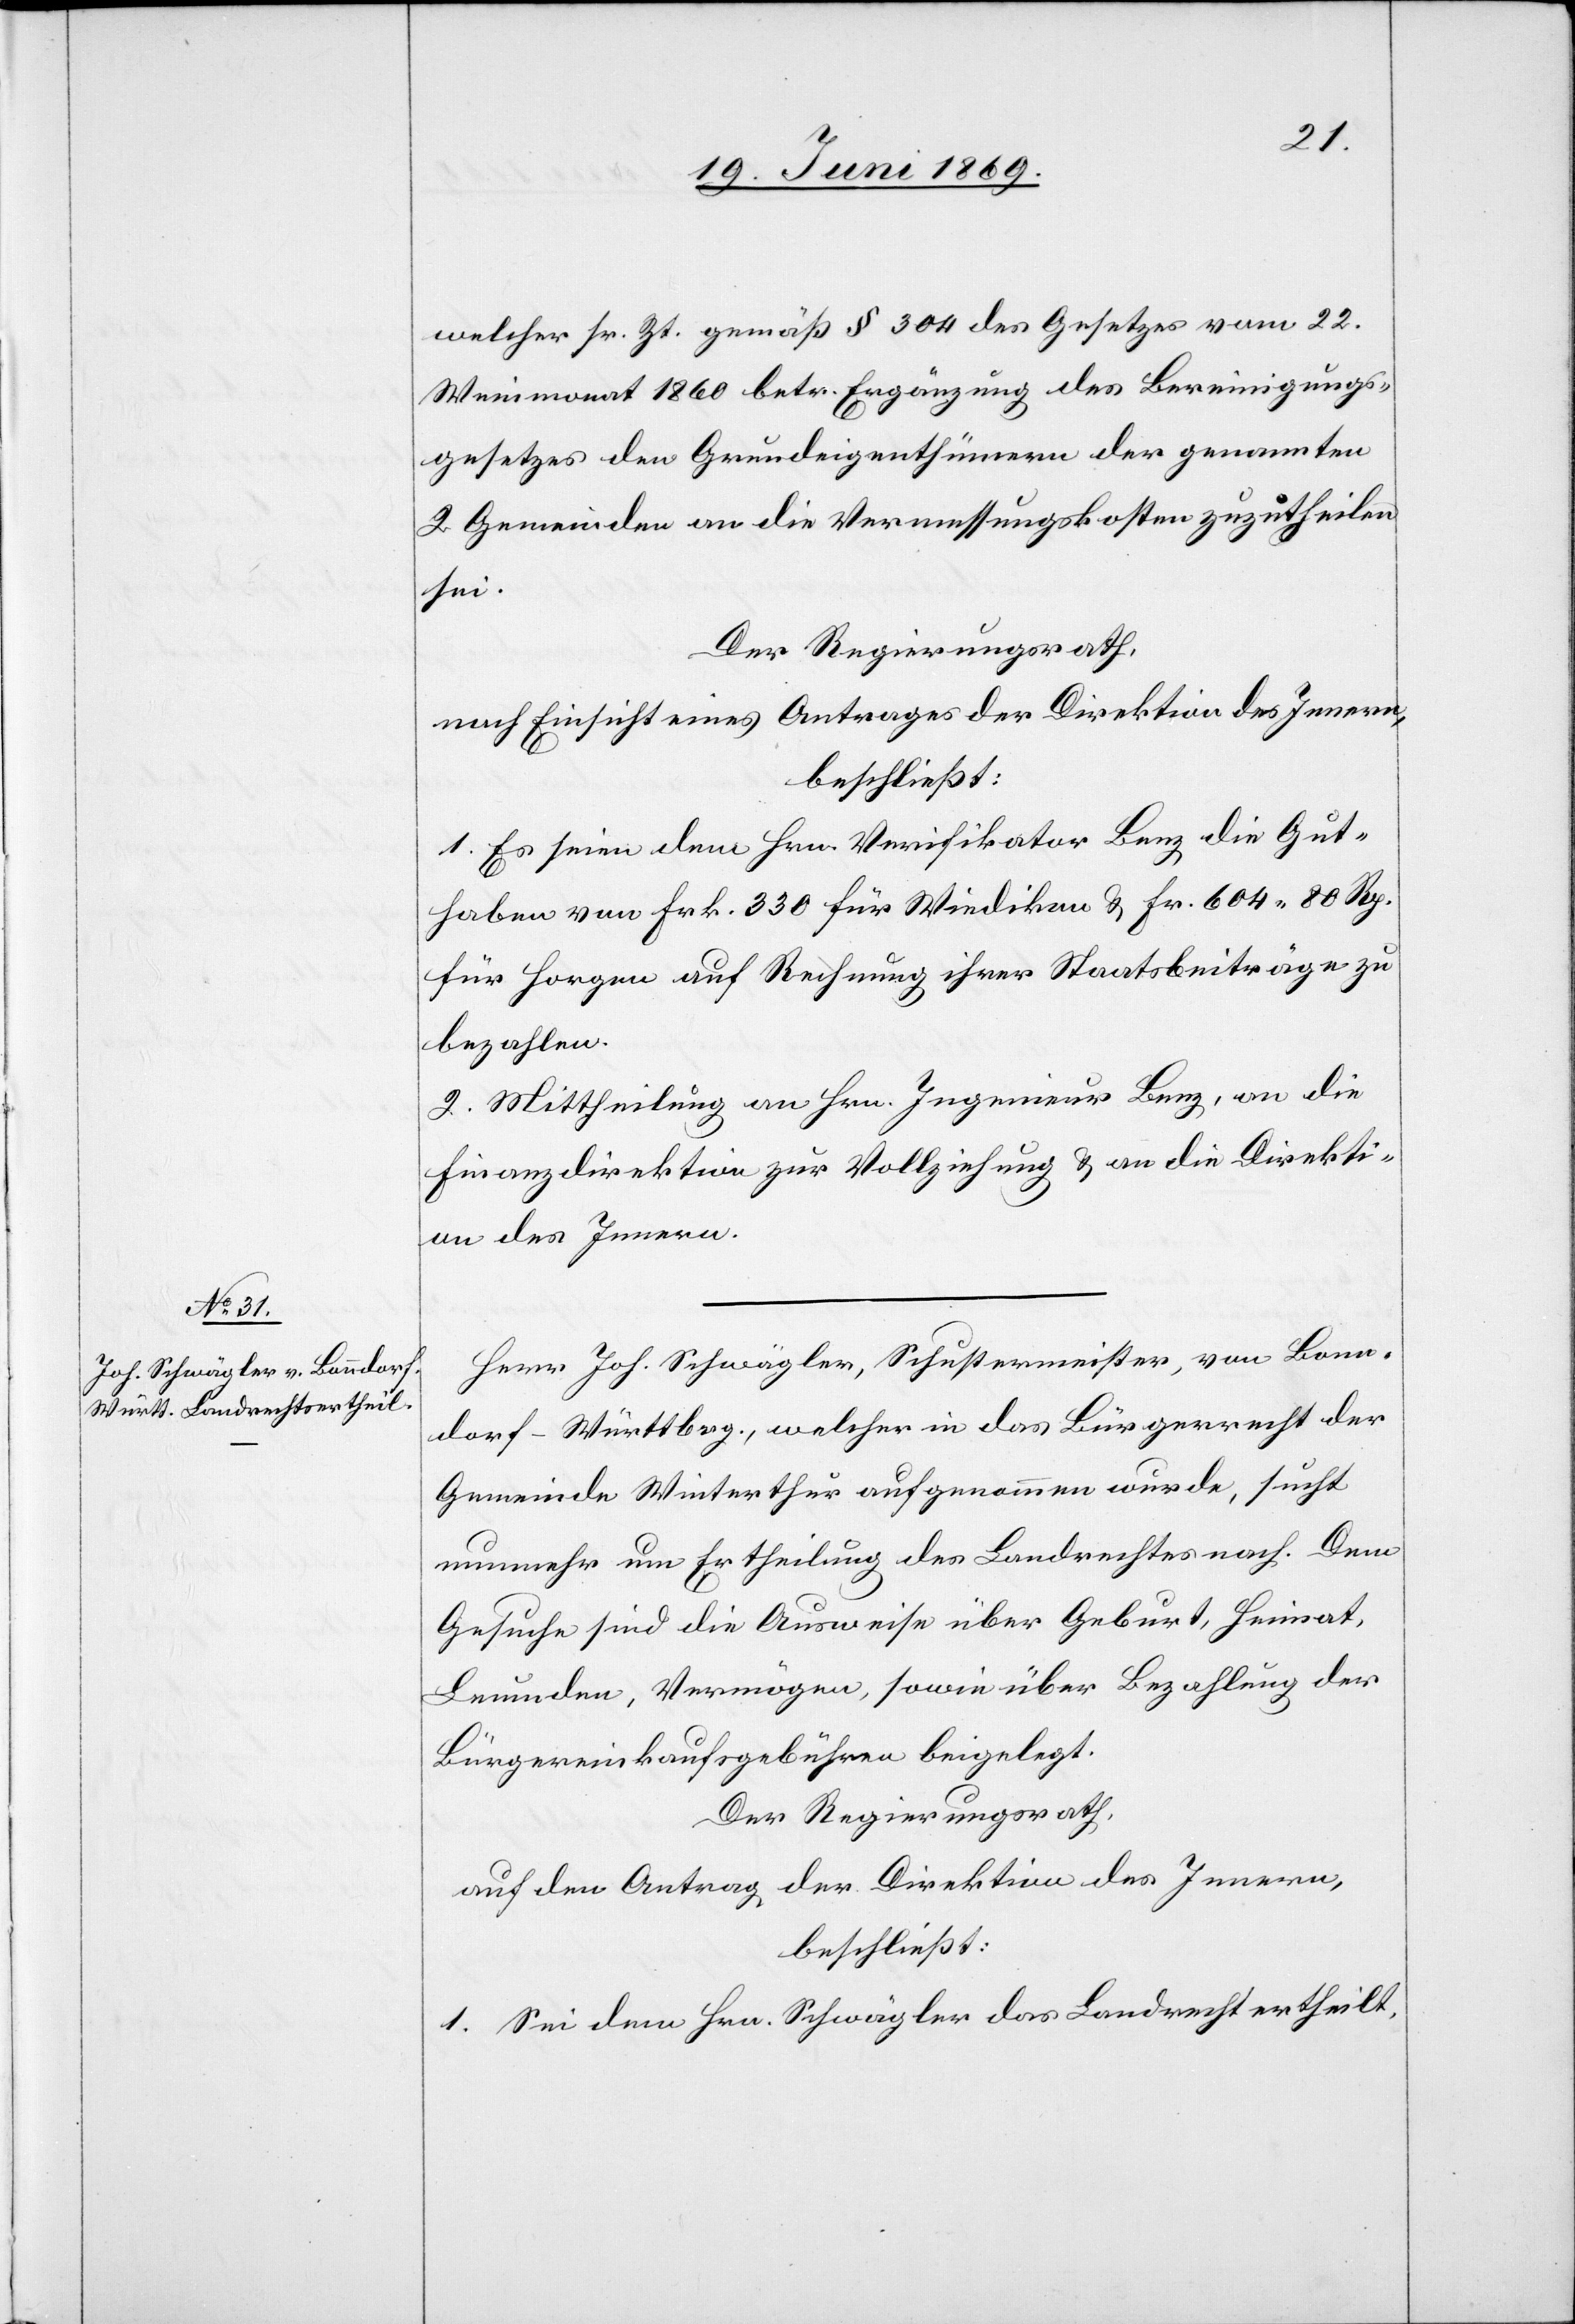
welcher sr. Zt. gemäß § 304 des Gesetzes vom 22
Weinmonat 1860 betr. Ergänzung des Bereinigungs¬
gesetzes den Grundeigenthümern der genannten
2 Gemeinden an die Vermessungskosten zuzutheilen
sei.
Der Regierungsrath,
nach Einsicht eines Antrages der Direktion des Innern,
beschließt:
1. Es seien dem Hrn. Verifikator Benz die Gut¬
haben von Frk. 330 für Wiedikon u. Fr. 604.80 Rp.
für Horgen auf Rechnung ihrer Staatsbeiträge zu
bezahlen.
2. Mittheilung an Hrn. Ingenieur Benz, an die
Finanzdirektion zur Vollziehung u. an die Direkti¬
on des Innern.
Herr Joh. Schwägler, Schustermeister, von Bonn¬
dorf-Württbrg., welcher in das Bürgerrecht der
Gemeinde Winterthur aufgenommen wurde, sucht
nunmehr um Ertheilung des Landrechtes nach. Dem
Gesuche sind die Ausweise über Geburt, Heimat,
Leumden, Vermögen, sowie über die Bezahlung der
Bürgereinkaufsgebühren beigelegt.
Der Regierungsrath,
auf den Antrag der Direktion des Innern,
beschließt:
1. Sei dem Hrn. Schwägler das Landrecht ertheilt,